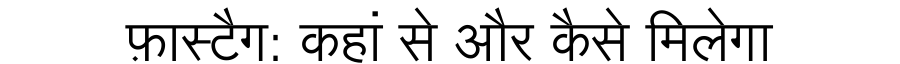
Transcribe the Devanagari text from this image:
फ़ास्टैग: कहां से और कैसे मिलेगा